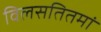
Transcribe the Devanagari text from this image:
विलसतितमां